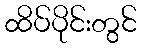
ထိပ်ပိုင်းတွင်